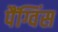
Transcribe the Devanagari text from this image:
पैंग्विंस